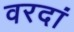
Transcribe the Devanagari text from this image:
वरदां